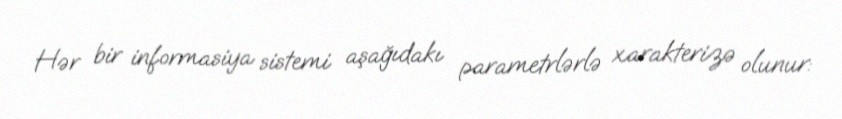
Hər bir informasiya sistemi aşağıdakı parametrlərlə xarakterizə olunur: